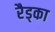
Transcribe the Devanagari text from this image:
रैड्का